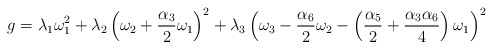
\begin{align*}g = \lambda_{1}\omega^{2}_{1} +\lambda_{2}\left(\omega_{2} + \frac{\alpha_{3}}{2} \omega_{1}\right)^{2} +\lambda_{3} \left(\omega_{3} - \frac{\alpha_{6}}{2} \omega_{2} -\left(\frac{\alpha_{5}}{2} + \frac{\alpha_{3} \alpha_{6}}{4}\right)\omega_{1}\right)^{2}\end{align*}